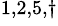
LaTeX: ^{1,2,5,\dagger}